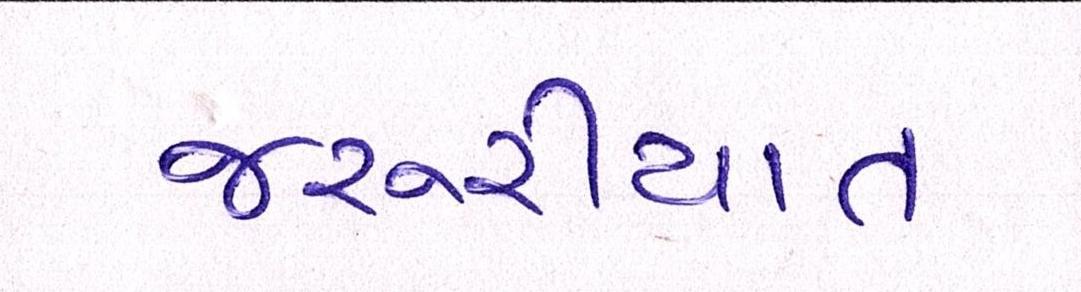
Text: જરૂરીયાત